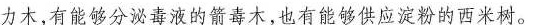
力木，有能够分泌毒液的箭毒木，也有能够供应淀粉的西米树。